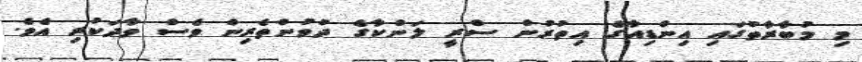
މި މުބާރާތުގައި އިންޑިއާގެ އިތުރުން ސްރީ ލަންކާގެ ދުވުންތެރިން ވެސް ވާދަކުރި އެވެ.